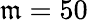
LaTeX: \mathfrak{m}=50